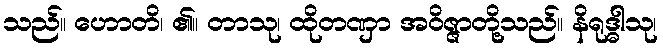
သည်။ ဟောတိ၊ ၏။ တာသု၊ ထိုတဏှာ အဝိဇ္ဇာတို့သည်။ နိရုဒ္ဓါသု၊